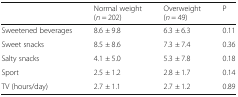
|  | Normal weight(n = 202) | Overweight(n = 49) | P |
 | --- | --- | --- | --- |
 | Sweetened beverages | 8.6 ± 9.8 | 6.3 ± 6.3 | 0.11 |
 | Sweet snacks | 8.5 ± 8.6 | 7.3 ± 7.4 | 0.36 |
 | Salty snacks | 4.1 ± 5.0 | 5.3 ± 7.8 | 0.18 |
 | Sport | 2.5 ± 1.2 | 2.8 ± 1.7 | 0.14 |
 | TV (hours/day) | 2.7 ± 1.1 | 2.7 ± 1.2 | 0.89 |